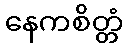
နေကစိတ္တံ